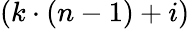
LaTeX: (k\cdot(n-1)+i)